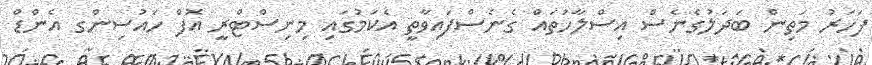
ފަހަރު މަތިން ބަދަލުގެނެސް އިސްލާހުތައް ގެނެސްފައިވާތީ އެކަމުގައި މިނިސްޓްރީ އޮފް ހައުސިންގ އެންޑް